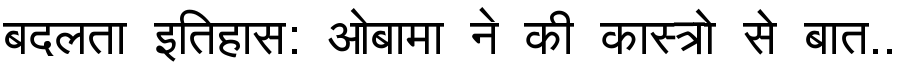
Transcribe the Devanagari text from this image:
बदलता इतिहास: ओबामा ने की कास्त्रो से बात..